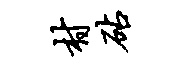
村砧